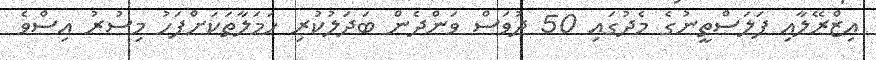
އިޒްރޭލާއި ފަލަސްތީނުގެ މެދުގައި 50 ދުވަސް ވަންދެން ބަދަލުކުރި ހަމަލާތަކަށްފަހު މިސުރު އިސްވެ